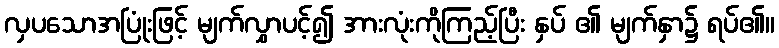
လှပသောအပြုံးဖြင့် မျက်လွှာပင့်၍ အားလုံးကိုကြည့်ပြီး နှပ် ၏ မျက်နှာ၌ ရပ်၏။